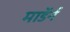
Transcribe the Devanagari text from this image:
माॅडर्न